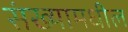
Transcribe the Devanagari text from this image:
संख्यामधील